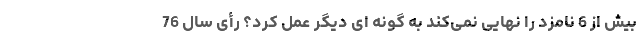
بیش از 6 نامزد را نهایی نمی‌کند به گونه ای دیگر عمل کرد؟ رأی سال 76